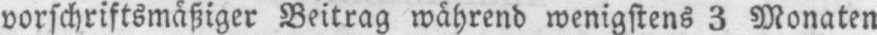
vorschriftsmäßiger Beitrag während wenigstens 3 Monaten